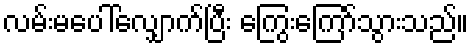
လမ်းမပေါ်လျှောက်ပြီး ကြွေးကြော်သွားသည်။